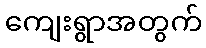
ကျေးရွာအတွက်